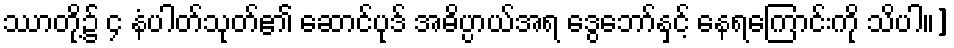
ဿာတို့၌ ၄ နံပါတ်သုတ်၏ ဆောင်ပုဒ် အဓိပ္ပာယ်အရ ဒွေဘော်နှင့် နေရကြောင်းကို သိပါ။]